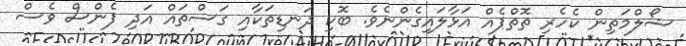
ޝޯލްމަތިން ކެހެރި ތޮތްޕެއް އަޅާލައިގެންނެވެ. ބޮކި ދަނޑިތަކާއި ގަސްތައް އަދި ފެންސް ވެސް